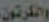
والكرتون